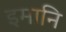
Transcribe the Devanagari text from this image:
इमानि